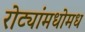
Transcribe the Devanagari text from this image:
रोट्यांमधोमध